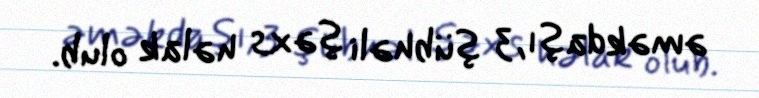
əməkdaşı, 3 şübhəli şəxs həlak olub.